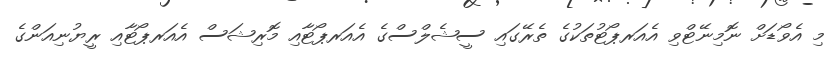
މި އެވޯޑަށް ނޮމިނޭޓްވި އެއަރޕޯޓުތަކުގެ ތެރޭގައި ސީޝެލްސްގެ އެއަރޕޯޓާއި މޮރިޝަސް އެއަރޕޯޓާއި ރީޔުނިއަންގެ